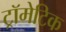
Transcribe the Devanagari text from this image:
ट्रॉमेटिक